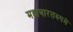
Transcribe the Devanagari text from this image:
महाभारतरुपमे